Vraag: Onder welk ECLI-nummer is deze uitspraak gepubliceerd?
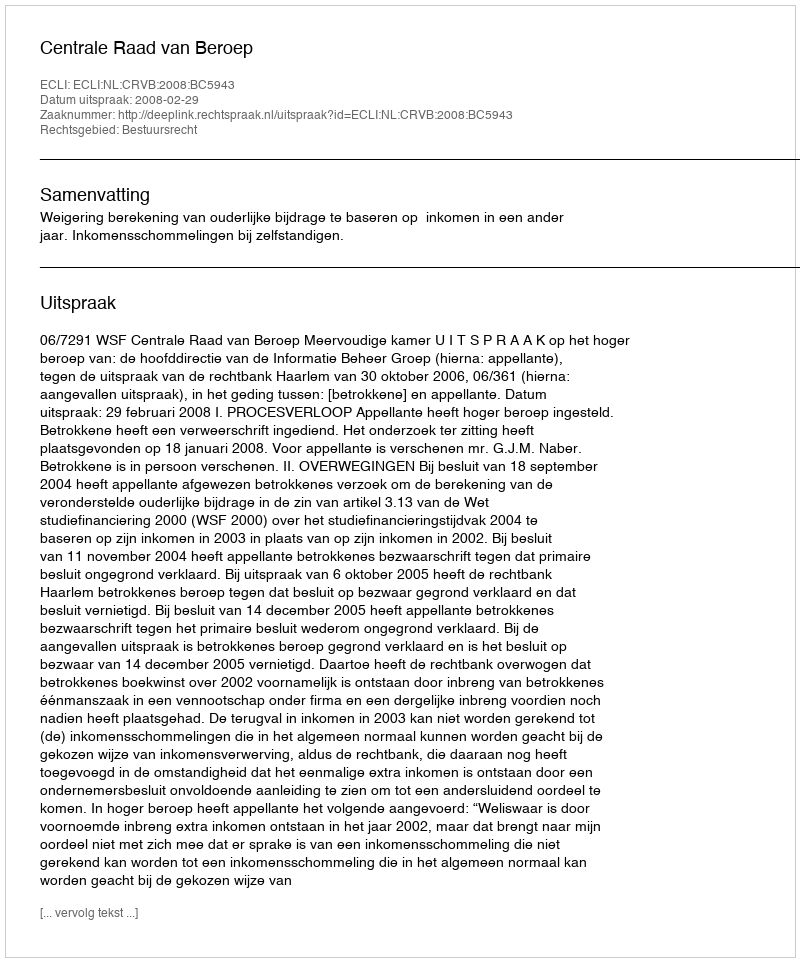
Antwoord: ECLI:NL:CRVB:2008:BC5943